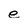
Character: e